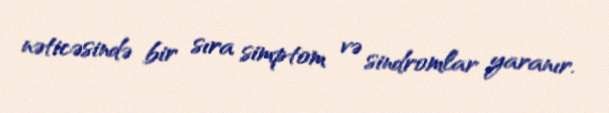
nəticəsində bir sıra simptom və sindromlar yaranır.